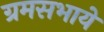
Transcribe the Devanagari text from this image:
ग्रमसभायें